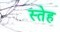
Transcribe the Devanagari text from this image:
स्तेह